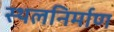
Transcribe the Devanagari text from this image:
स्थलनिर्माण